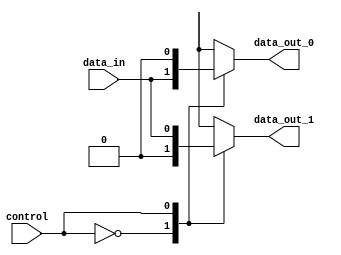
module demultiplexer (
    input wire control,
    input wire data_in,
    output reg data_out_0,
    output reg data_out_1
);

   always @*
    case (control)
        1'b0: begin
            data_out_0 = data_in;
            data_out_1 = 1'b0;
        end
        1'b1: begin
            data_out_0 = 1'b0;
            data_out_1 = data_in;
        end
    endcase

endmodule